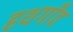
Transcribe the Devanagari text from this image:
हथगाँव